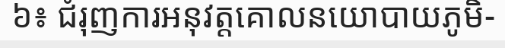
៦៖ ជំរុញការអនុវត្តគោលនយោបាយភូមិ-